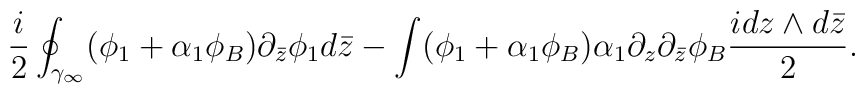
\frac{i}{2}\oint_{\gamma_\infty}(\phi_1+\alpha_1\phi_B)\partial_{\bar z}\phi_1d\bar z  -\int (\phi_1+\alpha_1\phi_B) \alpha_1\partial_z\partial_{\bar z}\phi_B\frac{idz\wedge d\bar z}{ 2}.